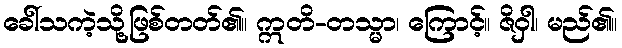
ခေါ်သကဲ့သို့ဖြစ်တတ်၏။ ဣတိ-တသ္မာ၊ ကြောင့်။ ဇိဝှါ၊ မည်၏။